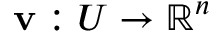
\mathbf { v } : U \to \mathbb { R } ^ { n }